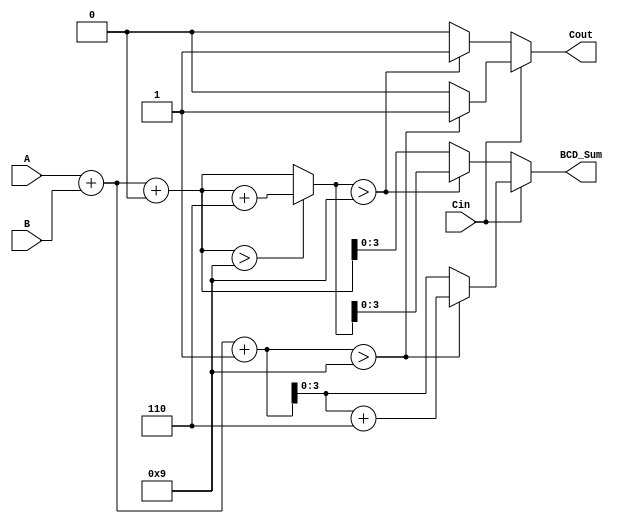
module BCD_Carry_Select_Adder (
    input [3:0] A,      // BCD digit A
    input [3:0] B,      // BCD digit B
    input Cin,          // Input carry
    output reg [3:0] BCD_Sum, // BCD Sum output
    output reg Cout     // Carry output
);

    wire [4:0] sum0;   // Sum when Cin = 0
    wire [4:0] sum1;   // Sum when Cin = 1
    wire [4:0] corrected_sum; // Corrected sum after BCD adjustment

    // Initial binary addition for both cases
    assign sum0 = A + B + 1'b0; // Sum with Cin = 0
    assign sum1 = A + B + 1'b1; // Sum with Cin = 1

    // BCD correction logic
    assign corrected_sum = (sum0 > 5'd9) ? (sum0 + 5'd6) : sum0;

    always @(*) begin
        if (Cin) begin
            // If Cin is 1, use sum1 and check for correction
            if (sum1 > 5'd9) begin
                BCD_Sum = sum1 + 5'd6; // Correct the sum
                Cout = 1;              // Set carry out
            end else begin
                BCD_Sum = sum1;        // No correction needed
                Cout = 0;              // No carry out
            end
        end else begin
            // If Cin is 0, use corrected_sum
            if (corrected_sum > 5'd9) begin
                BCD_Sum = corrected_sum; // Already corrected
                Cout = 1;                // Set carry out
            end else begin
                BCD_Sum = sum0;          // No correction needed
                Cout = 0;                // No carry out
            end
        end
    end

endmodule